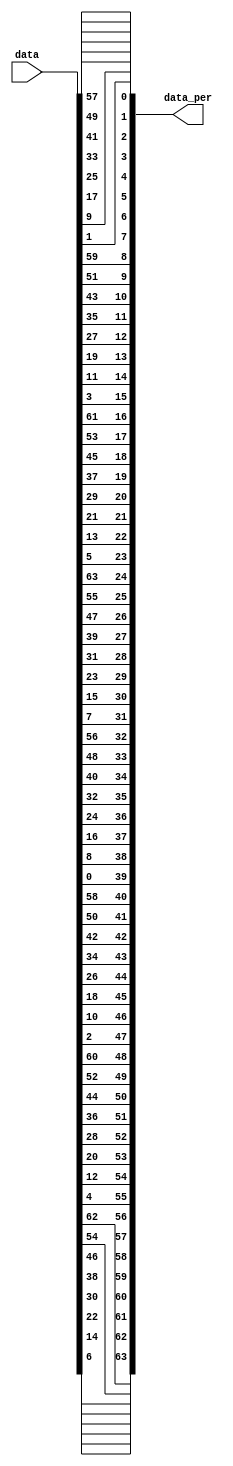
`timescale 1ns / 1ps
//////////////////////////////////////////////////////////////////////////////////
// Company: 
// Engineer: 
// 
// Design Name: 
// Module Name: IP_part
// Project Name: 
// Target Devices: 
// Tool Versions: 
// Description: 
// 
// Dependencies: 
// 
// Revision:
// Revision 0.01 - File Created
// Additional Comments:
// 
//////////////////////////////////////////////////////////////////////////////////


module IP_part(
    input [63:0] data,
    output [63:0] data_per
    );
    assign data_per[63]=data[6];
    assign data_per[62]=data[14];
    assign data_per[61]=data[22];
    assign data_per[60]=data[30];
    assign data_per[59]=data[38];
    assign data_per[58]=data[46];
    assign data_per[57]=data[54];
    assign data_per[56]=data[62];
    
    assign data_per[55]=data[4];
    assign data_per[54]=data[12];
    assign data_per[53]=data[20];
    assign data_per[52]=data[28];
    assign data_per[51]=data[36];
    assign data_per[50]=data[44];
    assign data_per[49]=data[52];
    assign data_per[48]=data[60];
    
    assign data_per[47]=data[2];
    assign data_per[46]=data[10];
    assign data_per[45]=data[18];
    assign data_per[44]=data[26];
    assign data_per[43]=data[34];
    assign data_per[42]=data[42];
    assign data_per[41]=data[50];
    assign data_per[40]=data[58];
    
    assign data_per[39]=data[0];
    assign data_per[38]=data[8];
    assign data_per[37]=data[16];
    assign data_per[36]=data[24];
    assign data_per[35]=data[32];
    assign data_per[34]=data[40];
    assign data_per[33]=data[48];
    assign data_per[32]=data[56];
    
    assign data_per[31]=data[7];
    assign data_per[30]=data[15];
    assign data_per[29]=data[23];
    assign data_per[28]=data[31];
    assign data_per[27]=data[39];
    assign data_per[26]=data[47];
    assign data_per[25]=data[55];
    assign data_per[24]=data[63];
    
    assign data_per[23]=data[5];
    assign data_per[22]=data[13];
    assign data_per[21]=data[21];
    assign data_per[20]=data[29];
    assign data_per[19]=data[37];
    assign data_per[18]=data[45];
    assign data_per[17]=data[53];
    assign data_per[16]=data[61];
    
    assign data_per[15]=data[3];
    assign data_per[14]=data[11];
    assign data_per[13]=data[19];
    assign data_per[12]=data[27];
    assign data_per[11]=data[35];
    assign data_per[10]=data[43];
    assign data_per[9]=data[51];
    assign data_per[8]=data[59];
    
    assign data_per[7]=data[1];
    assign data_per[6]=data[9];
    assign data_per[5]=data[17];
    assign data_per[4]=data[25];
    assign data_per[3]=data[33];
    assign data_per[2]=data[41];
    assign data_per[1]=data[49];
    assign data_per[0]=data[57];
endmodule